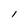
Character: I